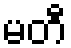
မတီ